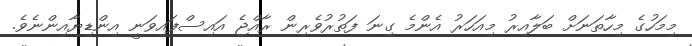
މިމަހުގެ މިހާތަނަށް ބަލާއިރު މިއަހަރު އެންމެ ގިނަ ފަތުރުވެރިން ރާއްޖެ އައިސްފައިވަނީ އިންޑިޔާއިންނެވެ.